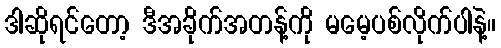
ဒါဆိုရင်တော့ ဒီအခိုက်အတန့်ကို မမေ့ပစ်လိုက်ပါနဲ့။